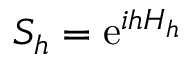
S _ { h } = \ensuremath { \mathrm { e } } ^ { i h H _ { h } }